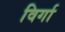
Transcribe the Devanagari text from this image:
विर्गा